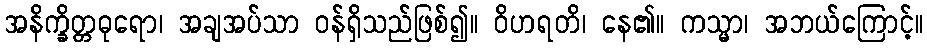
အနိက္ခိတ္တဓုရော၊ အချအပ်သာ ဝန်ရှိသည်ဖြစ်၍။ ဝိဟရတိ၊ နေ၏။ ကသ္မာ၊ အဘယ်ကြောင့်။